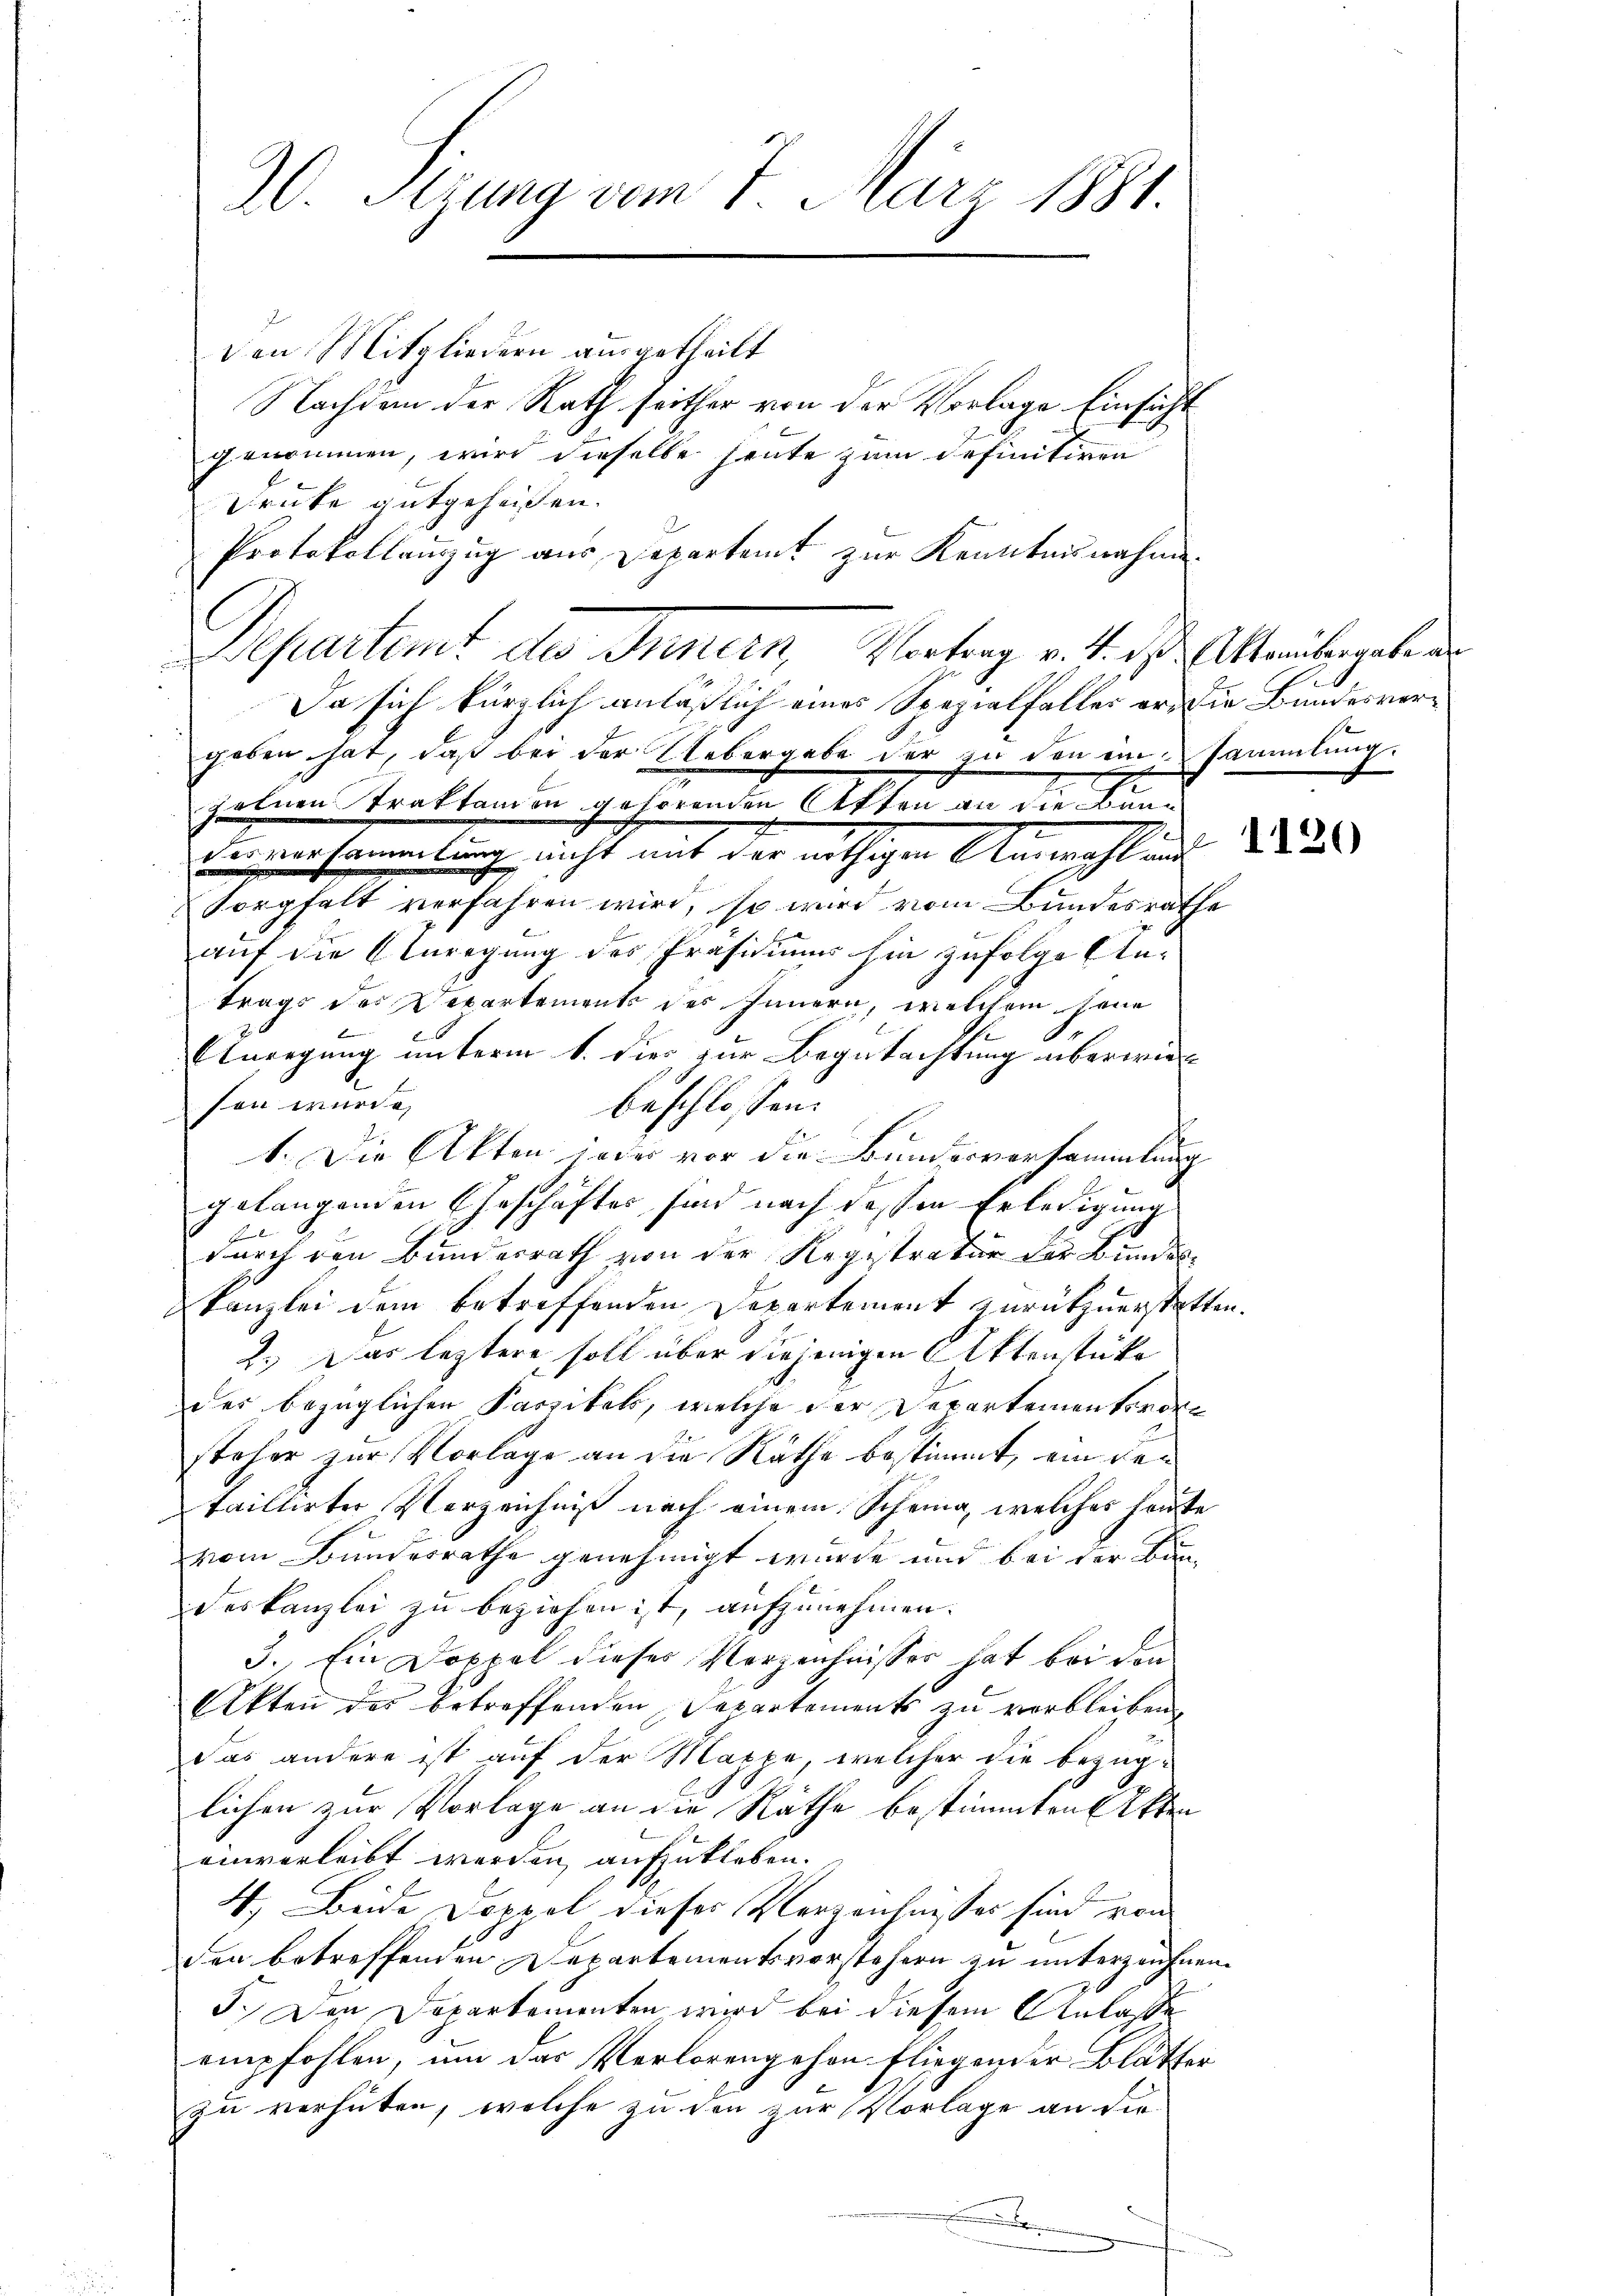
20. Sizung vom 7. März 1881.

den Mitgliedern ausgetheilt
Nachdem der Rath seither von der Vorlage Einsicht
genommen, wird dieselbe heute zum definitiven
Druke gutgeheißen.
Protokollanzzug aus Departamt zur Kenntnisnahme.
Departamt des Innern, Vortrag v. 4. ds. Alterbergeben
Da sich kürzlich anläßlich eines Spezialfaller er, die Bundesvergeben hat, daß bei der Uebergabe der zu den einsammlung.
hebene Traktamm gehörenden Atten an die Kind
Ain mehrmmlung nicht mit der nöthigen Anmahl und 282
Sorgfalt verfahren wird, so wird vom Bundesrathe
auf die Anregung des Präsidiums hin zufolge Antrags des Departements des Innern, welchem jene
Unregung unterm 1. dies zur Begutachtung überwieson wurde,
beschlossen:
1. Die Akten jeder vor die Bunserversammlung
gelangenden Geschäftes sind nach dessen Erledigung
Hrnn be
durch den Bundesrath von der Registratur der Bundeskanzlei dem betreffenden Departement zurückzuerstatten
2.) Das leztere soll über diejenigen Aktenstücke
des bezüglichen Kaspitals, welche der Departementorene
steher zur Vorlage an die Räthe bestimmt, ein detaillirter Verzeichniß nach einem Scheina, welches heute
vom Bundesrathe genehmigt wurde und bei der Baudeskanzlei zu beziehen ist, aufzunehmen.
3. Ein Doppel dieses Verzeichnisser hat bei den
Akten des betreffenden Departements zu verbleiben.
das andere ist auf der Marpe, welcher die bezüg-
lichen zur Vorlage an die Räthe bestimmten Akten
einverleibt werden, aufzukleben.
4. Beide Doppel dieses Verzeichnisses sind von
den betreffenden Departementsvorstehern zu unterzeichnen.
5. Den Departementen wird bei diesem Anlasse
empfohlen, um das Verlorengehen fliegender Blätter
zu verhüten, welche zu den zur Vorlage an die

1.